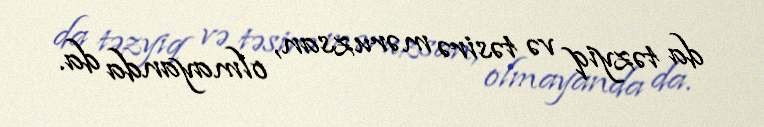
da təzyiq və təsirə məruzsan, olmayanda da.